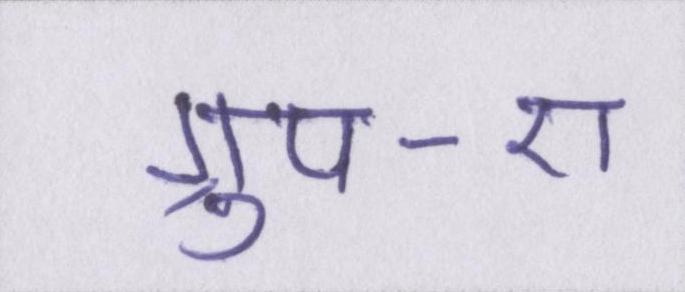
ग्रुप-ए